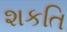
શકતિ